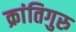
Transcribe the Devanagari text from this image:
क्रांतिगुरु